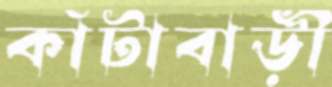
কাঁটাবাড়ী